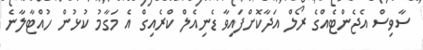
ސާވިސް އެޖެންޓެއްގެ ރޯލް އަދާކޮށްފައިވާ ޑެނިއެލް ކްރެއިގް އެ މަގާމު ކުޅުން ހުއްޓާލާނެ